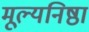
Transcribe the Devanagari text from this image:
मूल्यनिष्ठा